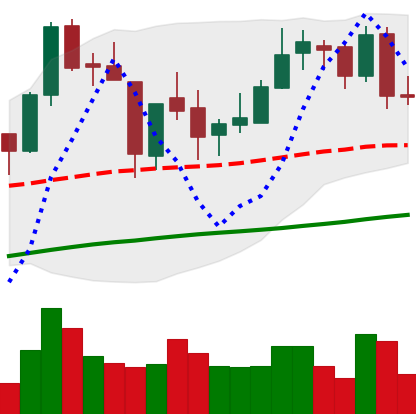
Ticker: BNB-USD
Chart end date: 2018-06-23
Forward return: -9.174%
Label: down_7plus